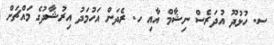
ސ. ހުޅުދޫ އުދަރެސް ނިޝާމް އާއި ހ. ރެދަން އަހުމަދު އިރުޝާދުގެ މައްޗަށް